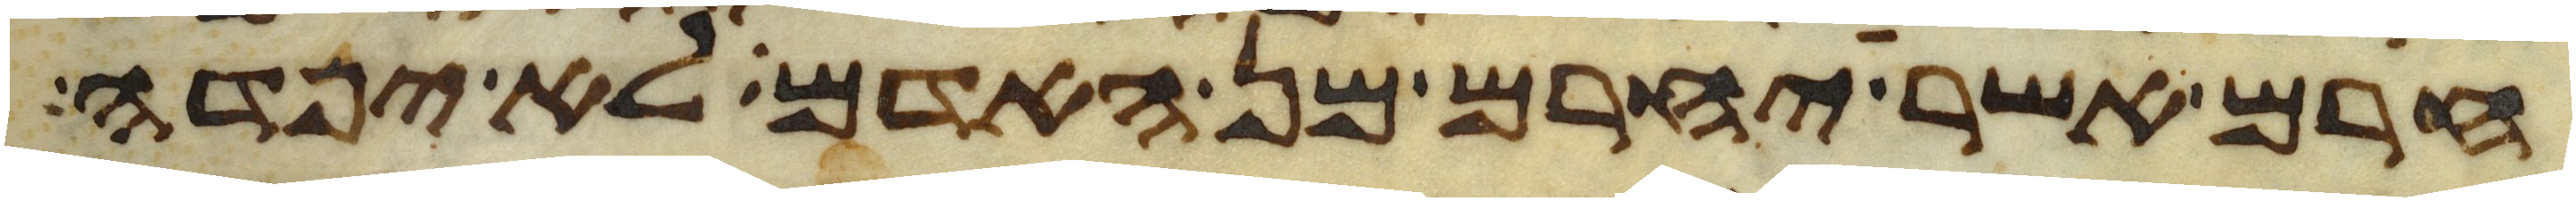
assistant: חרם אשר יחרם מן האדם לא יפדה